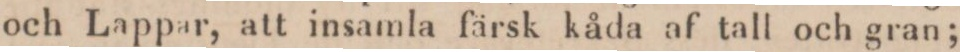
och Lappar, att insamla färsk kåda af tall och gran;